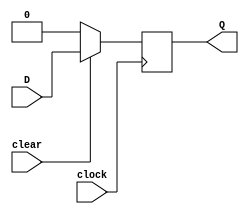
module D_FLIP_FLOP_SYNC_CLEAR (D, Q, clock, clear);
    input D, clock, clear;
    output reg Q;

    always @ (posedge clock)
    begin
        if (!clear) Q <= 1'b0;
        else Q <= D;
    end
endmodule